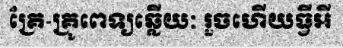
គ្រែ-គ្រូពេទ្យឆ្លើយៈ រួចហើយធ្វីអី